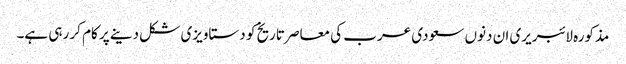
مذکورہ لائبریری ان دنوں سعودی عرب کی معاصر تاریخ کو دستاویزی شکل دینے پر کام کر رہی ہے۔